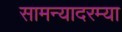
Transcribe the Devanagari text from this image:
सामन्यादरम्या